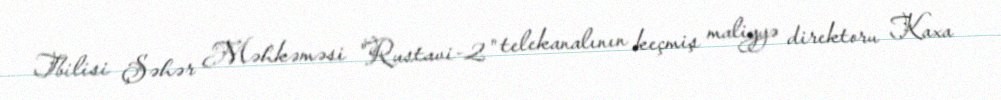
Tbilisi Şəhər Məhkəməsi "Rustavi-2" telekanalının keçmiş maliyyə direktoru Kaxa